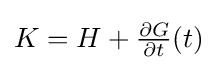
{\textstyle K=H+{\frac {\partial G}{\partial t}}(t)}